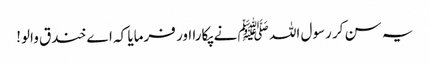
یہ سن کر رسول اللہ ﷺ نے پکارا اور فرمایا کہ اے خندق والو!